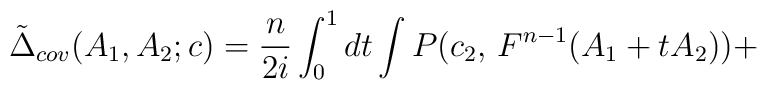
\tilde{\Delta}_{cov}(A_{1},A_{2};c)=\frac{n}{2i}\int_{0}^{1}dt\int P(c_{2},\, F^{n-1}(A_{1}+tA_{2}))+